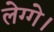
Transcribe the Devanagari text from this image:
लेग्गे।